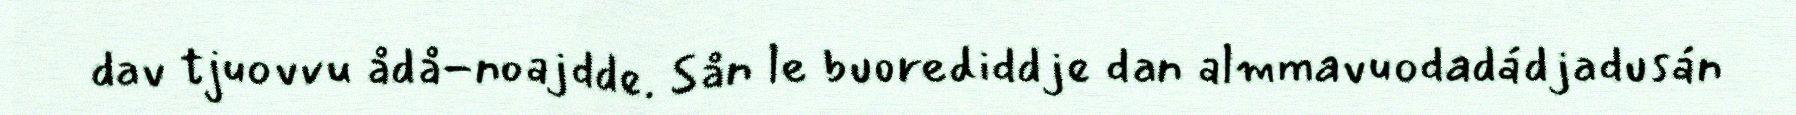
dav tjuovvu ådå-noajdde. Sån le buorediddje dan almmavuodadádjadusán